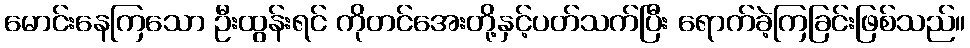
မောင်းနေကြသော ဦးထွန်းရင် ကိုတင်အေးတို့နှင့်ပတ်သက်ပြီး ရောက်ခဲ့ကြခြင်းဖြစ်သည်။